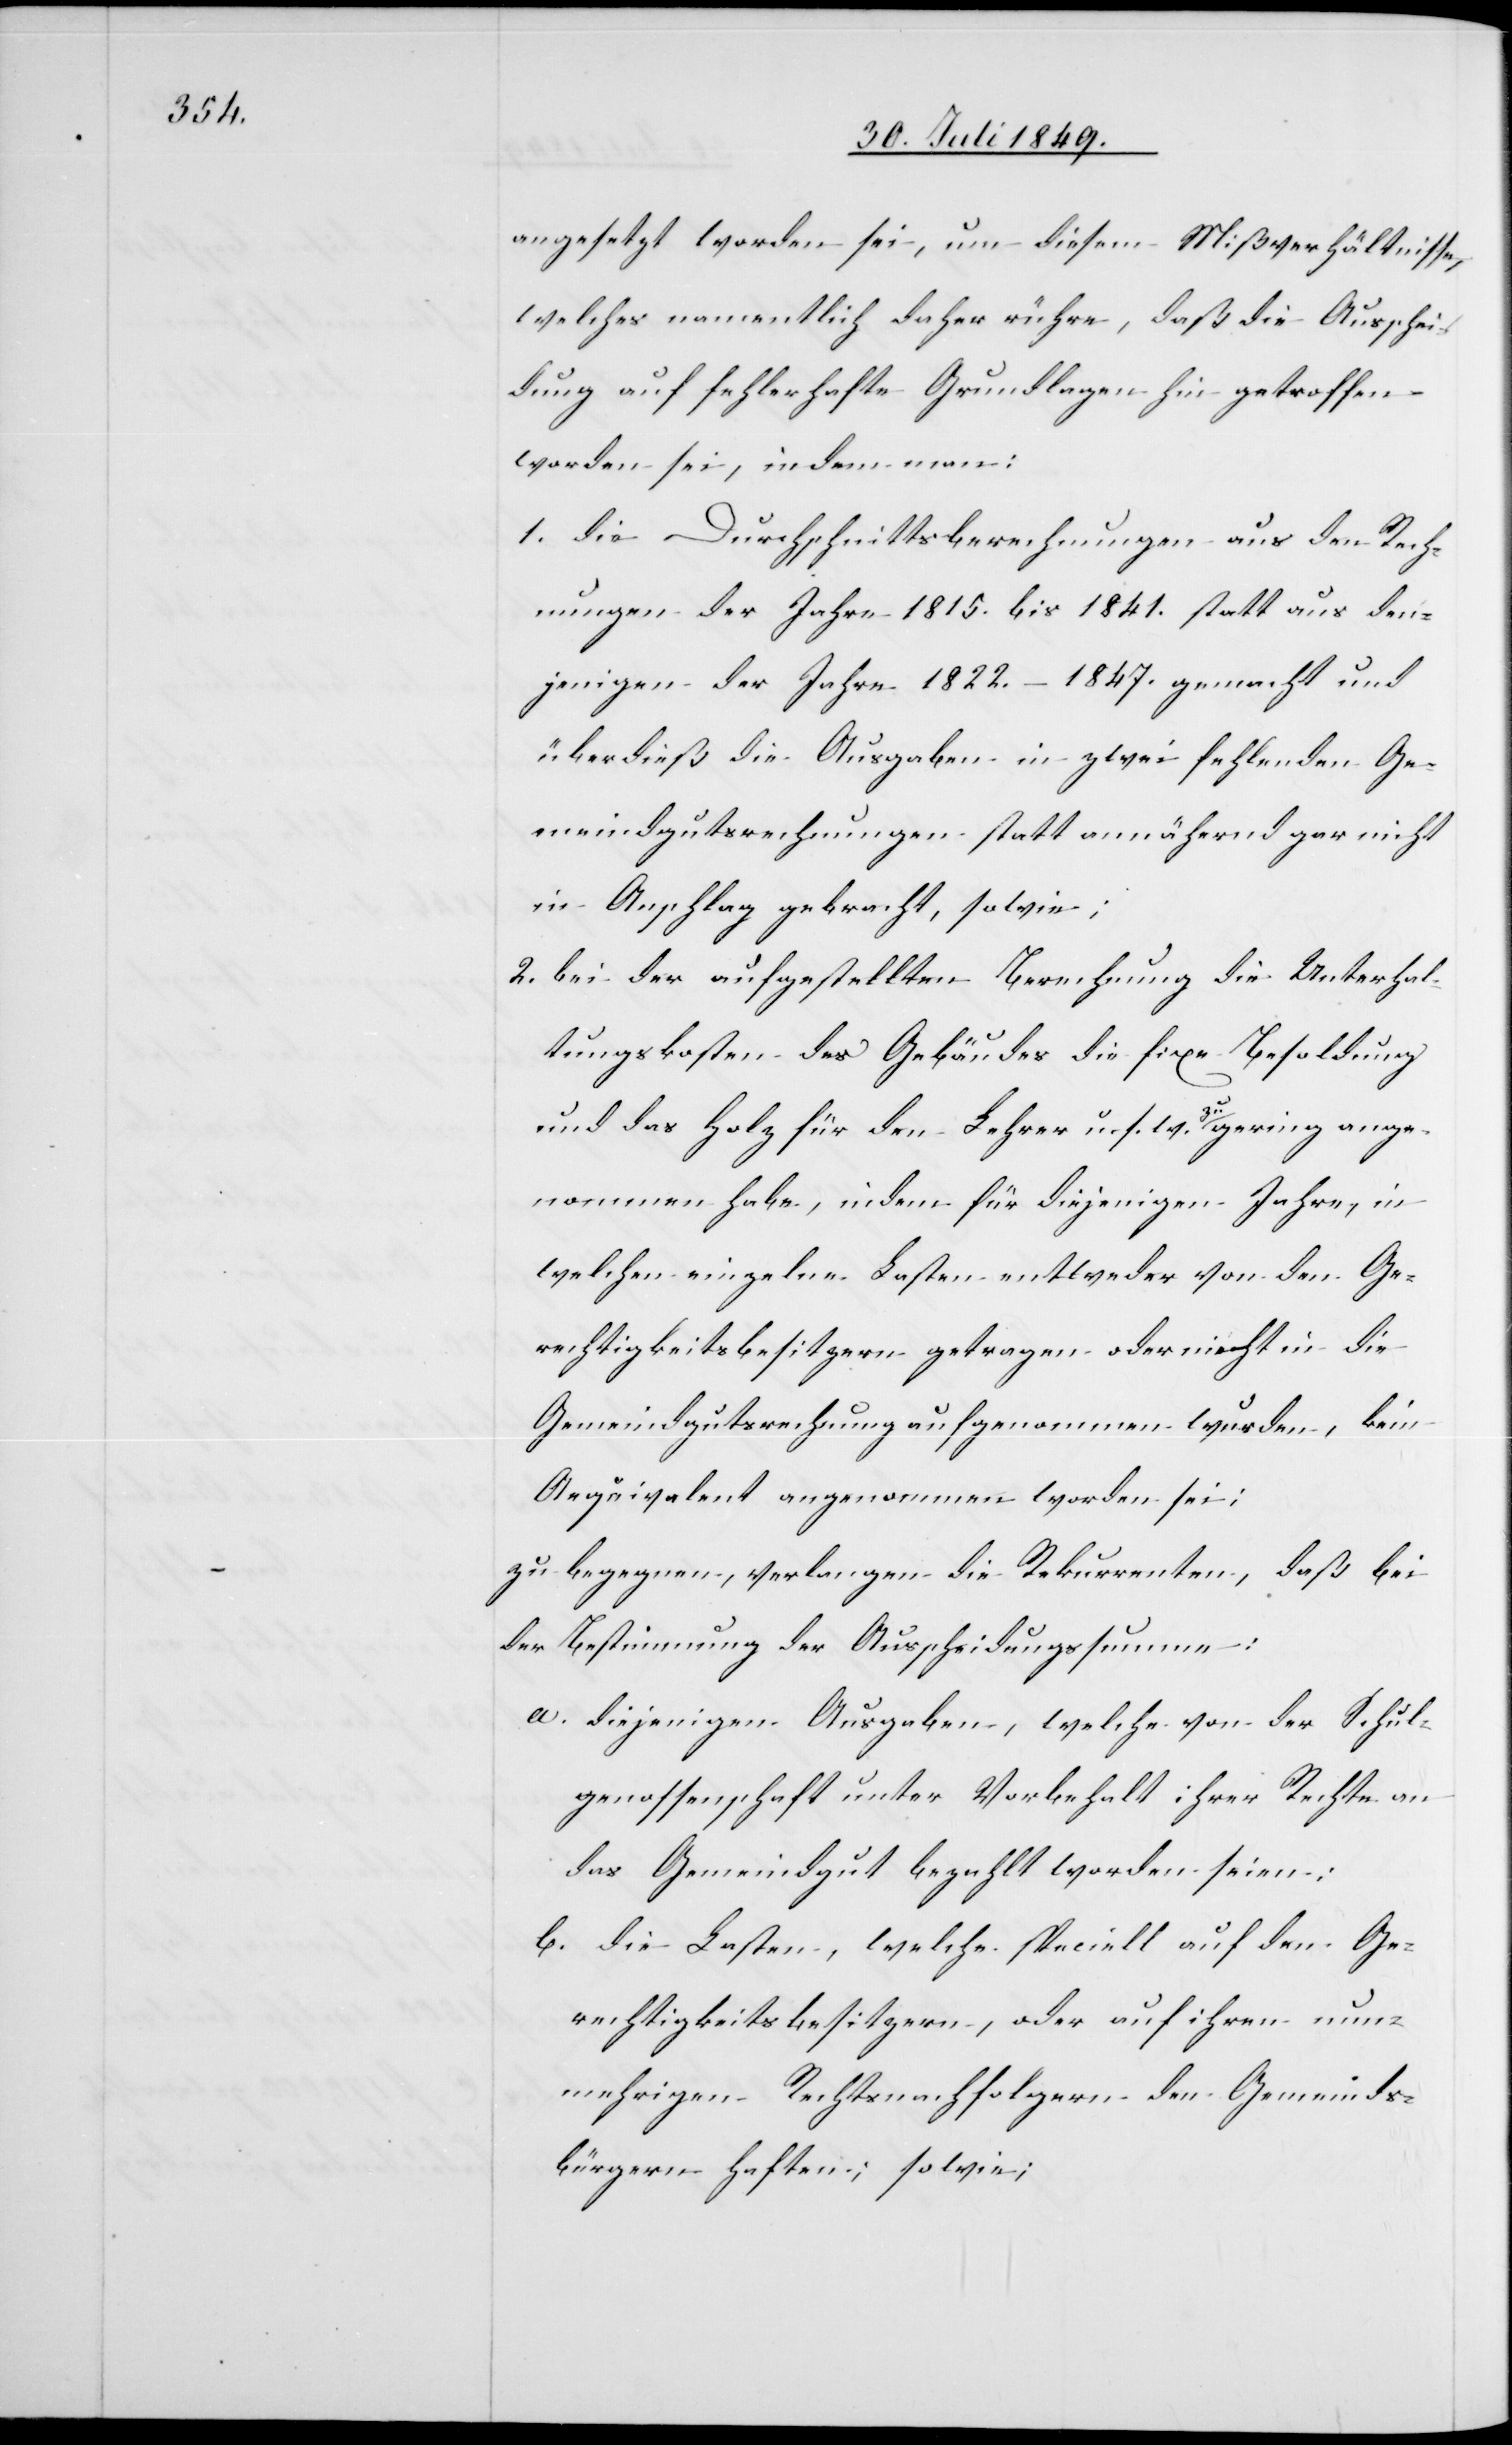
angesetzt worden sei, um diesem Mißverhältnisse,
welches namentlich daher rühre, daß die Ausschei¬
dung auf fehlerhafte Grundlagen hin getroffen
worden sei, in dem man:
1. die Durchschnittsberechnungen aus den Rech¬
nungen der Jahre 1815. bis 1841. statt aus den¬
jenigen der Jahre 1822.–1847. gemacht und
überdieß die Ausgaben in zwei fehlenden Ge¬
meindgutsrechnungen statt annährend gar nicht
in Anschlag gebracht, sowie:
2. bei der aufgestellten Berechnung die Unterhal¬
tungskosten des Gebäudes die fixe Besoldung
und das Holz für den Lehrer u. s. w. zu gering ange¬
nommen habe, indem für diejenigen Jahre, in
welchen einzelne Lasten entweder von den Ge¬
rechtigkeitsbesitzern getragen oder nicht in die
Gemeindgutsrechnung aufgenommen wurden, beim
Aequivalent angenommen worden sei;
zu begegnen, verlangen die Rekurrenten, daß bei
der Bestimmung der Ausscheidungssumme;
a. diejenigen Ausgaben, welche von der Schul¬
genossenschaft unter Vorbehalt ihrer Rechte an
das Gemeindgut bezahlt worden seien:
b. die Lasten, welche speciell auf den Ge¬
rechtigkeitsbesitzern, oder auf ihren nun¬
mehrigen Rechtsnachfolgern den Gemeinds¬
bürgern haften, sowie;